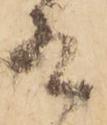
有